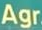
Agr